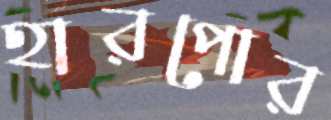
হারপোর